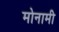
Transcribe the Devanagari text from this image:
मोनामी